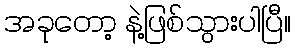
အခုတော့ နဲ့ဖြစ်သွားပါပြီ။